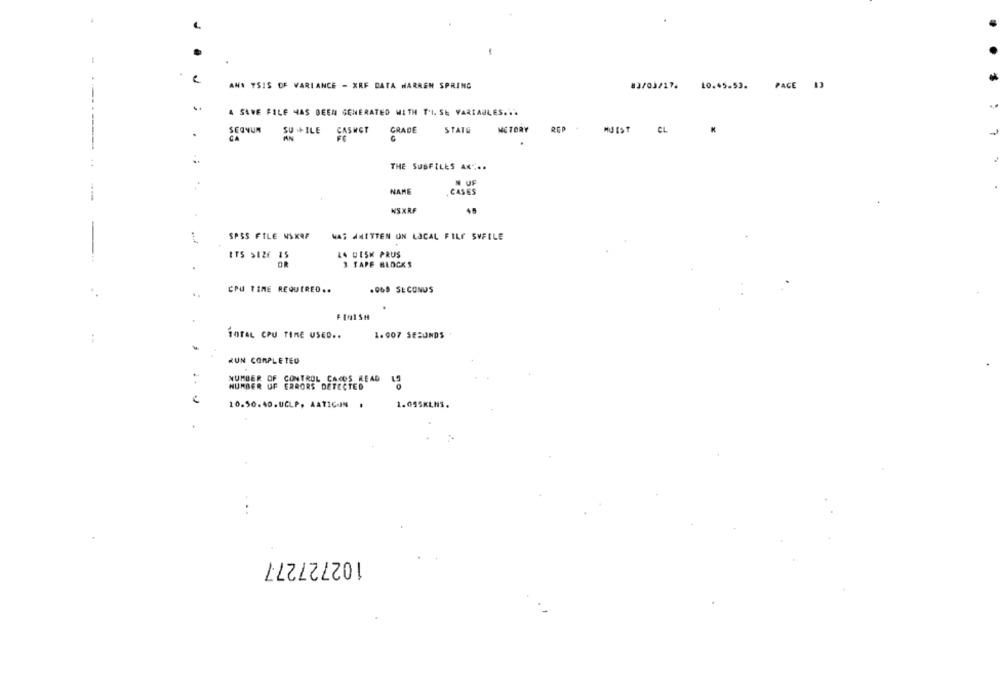
.
ANS YSIS OF VARIANCE - XRF DATA HARREN SPRING
83/03/17. 10.45.53.
PAGE 13
---
A SAVE FILE HAS BEEN GENERATED WITH THISE VARIABLES ...
GRADE
STATE
METORY
MJIST CL
SEONUN SU ILE CASKET
THE SUBFILES AN ...
N UF
NAME
CASES
NSXRF
45
SPSS FILE NSKRF
WAS WRITTEN UN LOCAL FILE SVFILE
ITS $126 15
LG DISK PRUS
3 TAPE BLOCKS
CPU TIME REQUIRED ..
.968 SECONDS
TOTAL CPU TIME USED ..
1.007 SECONDS
:
KUN COMPLETED
:
NUMBER OF CONTROL CARDS READ
HUMBER UF ERRORS DETECTED
10.50.40.UCLP. AATIC-JN .
1.055K
102727277